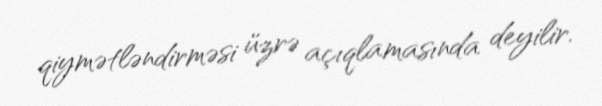
qiymətləndirməsi üzrə açıqlamasında deyilir.